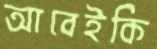
আবেইকি